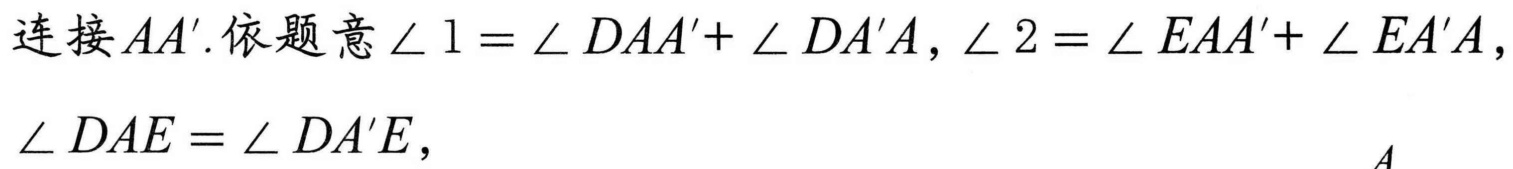
连接\(AA'\).依题意\(\angle 1 = \angle DAA'+ \angle DA'A\)，\(\angle 2 = \angle EAA'+ \angle EA'A\)，
\(\angle DAE = \angle DA'E\)，